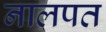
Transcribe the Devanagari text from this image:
नालपत